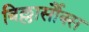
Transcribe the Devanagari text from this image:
विल्लार्सौक्स